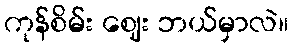
ကုန်စိမ်း ဈေး ဘယ်မှာလဲ။